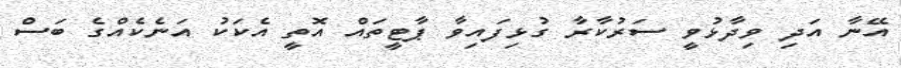
އޭނާ އަދި ވިދާޅުވީ ސަރުކާރާ ގުޅިފައިވާ ޕާޓީތައް އޮތީ އެކަކު އަނެކެއްގެ ބަސް